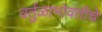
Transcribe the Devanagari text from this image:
वर्तुळाभोवतीचे